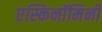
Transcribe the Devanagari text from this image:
एस्किनॉमिनी